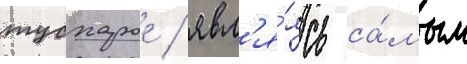
тусхарое / явл'я́ясь са́мым